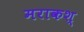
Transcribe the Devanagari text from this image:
मराकश्